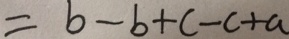
= b - b + c - c + a